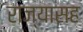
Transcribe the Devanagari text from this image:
राज्यासह